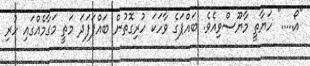
"އޯ....." ހަޔާތީ މާޔޫސްވިއެވެ. ބައްޕަގެ ވާހަކަ ހުރިގޮތުން ބައްޕަފަދަ މަތީ މަގާމެއްގައި ހުރި